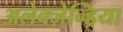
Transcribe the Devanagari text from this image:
अलेक्ज़ेन्ड्रिया